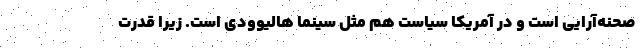
صحنه‌آرایی است و در آمریکا سیاست هم مثل سینما هالیوودی است. زیرا قدرت